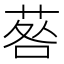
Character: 䓘